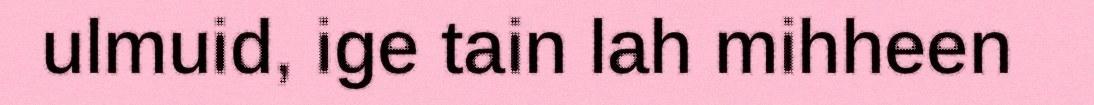
ulmuid, ige tain lah mihheen